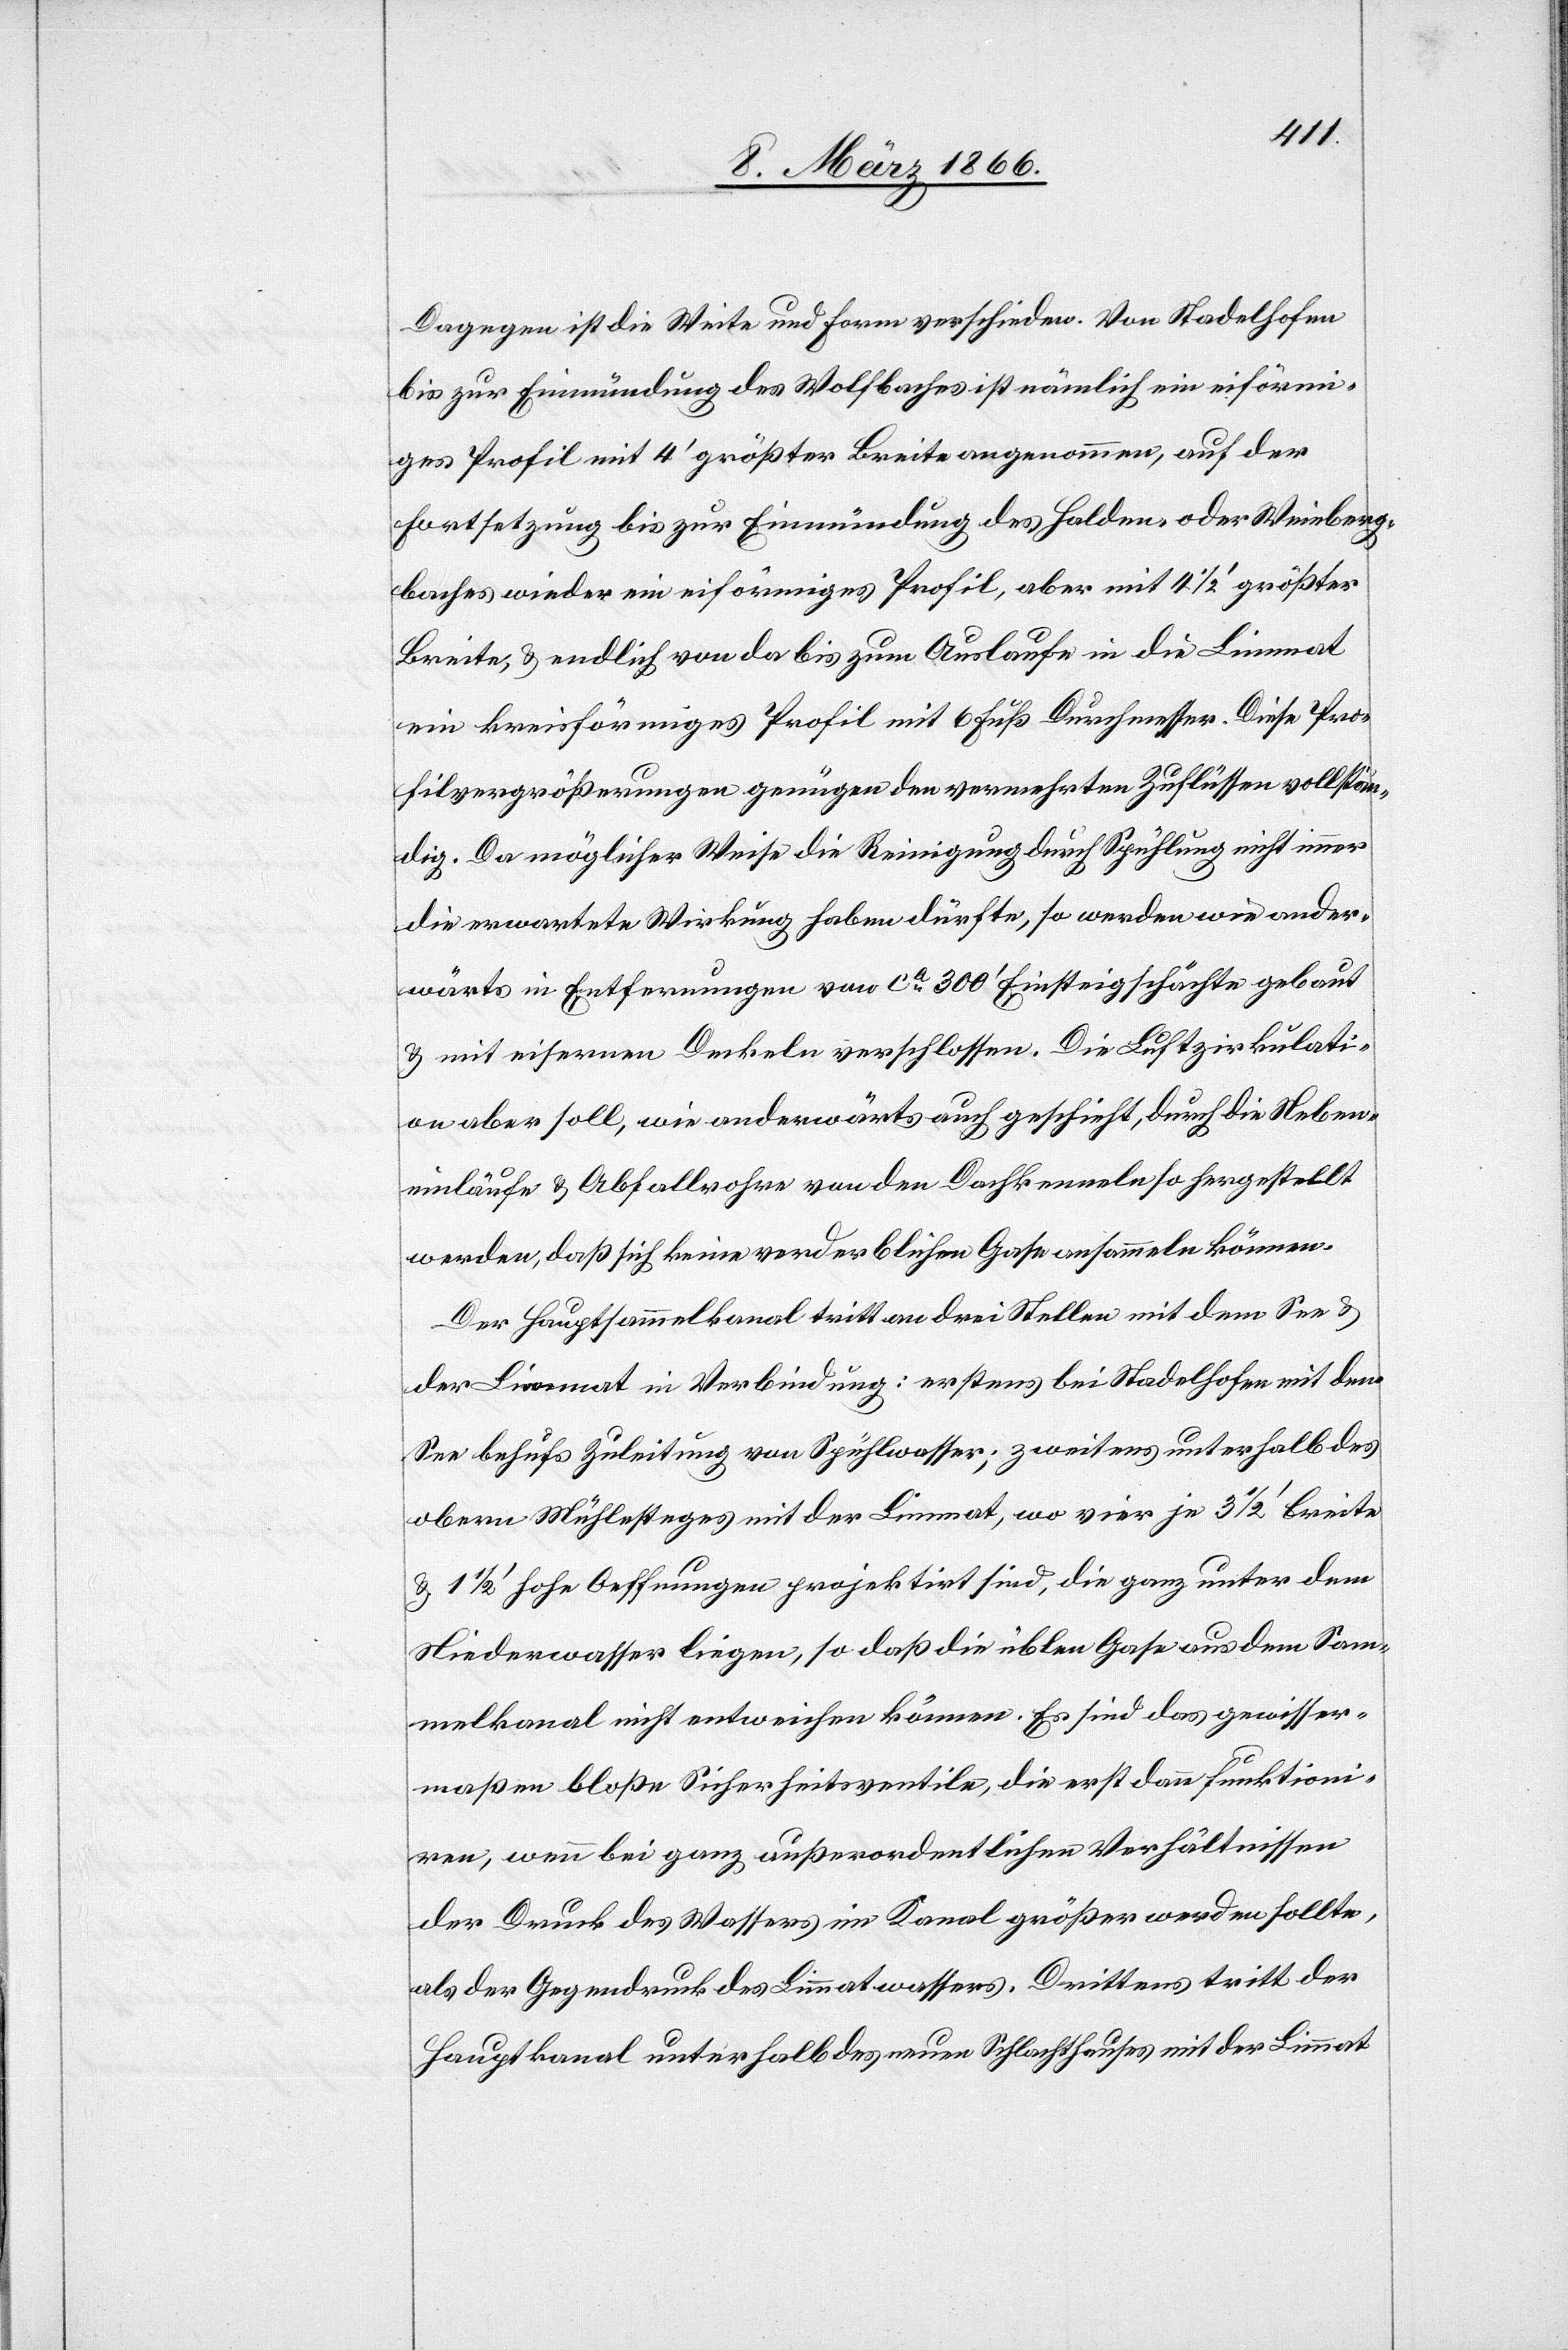
Dagegen ist die Weite und Form verschieden. Von Stadelhofen
bis zur Einmündung des Wolfbaches ist nämlich ein eiförmi¬
ges Profil mit 4‘ größter Breite angenommen, auf der
Fortsetzung bis zur Einmündung des Halden- oder Weinberg¬
baches wieder ein eiförmiges Profil, aber mit 4 ½‘ größter
Breite, u. endlich von da bis zum Auslaufe in die Limmat
ein kreisförmiges Profil mit 6 Fuß Durchmesser. Diese Pro¬
filvergrößerungen genügen den vermehrten Zuflüssen vollstän¬
dig. Da möglicher Weise die Reinigung durch Spühlung nicht immer
die erwartete Wirkung haben dürfte, so werden wie ander¬
wärts in Entfernungen von ca. 300‘ Einsteigschächte gebaut
u. mit eisernen Deckeln verschlossen. Die Luftzirkulati¬
on aber soll, wie anderwärts auch geschieht, durch die Neben¬
einläufe u. Abfallrohre von den Dachkenneln so hergestellt
werden, daß sich keine verderblichen Gase ansammeln können.
Der Hauptsammelkanal tritt an drei Stellen mit dem See
der Limmat in Verbindung: erstens bei Stadelhofen mit dem
See behufs Zuleitung von Spühlwasser; zweitens unterhalb des
obern Mühlesteges mit der Limmat, wo vier je 3 ½‘ breite
u. 1 ½‘ hohe Oeffnungen projektirt sind, die ganz unter dem
Niederwasser liegen, so daß die üblen Gase aus dem Sam¬
melkanal nicht entweichen können. Es sind das gewisser¬
maßen bloße Sicherheitsventile, die erst dann funktioni¬
ren, wenn bei ganz außerordentlichen Verhältnissen
der Druck des Wassers im Kanal größer werden sollte,
als der Gegendruck des Limmatwassers. Drittens tritt der
Hauptkanal unterhalb des neuen Schlachthauses mit der Limmat